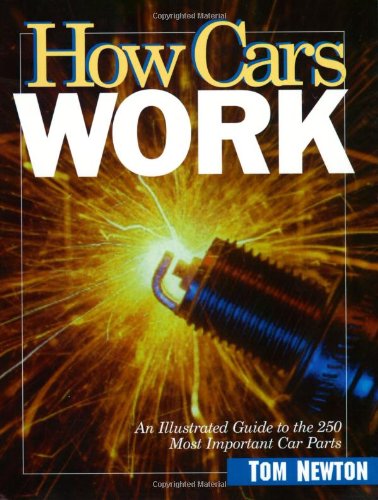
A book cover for How Cars Work; Tom Newton; Engineering & Transportation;